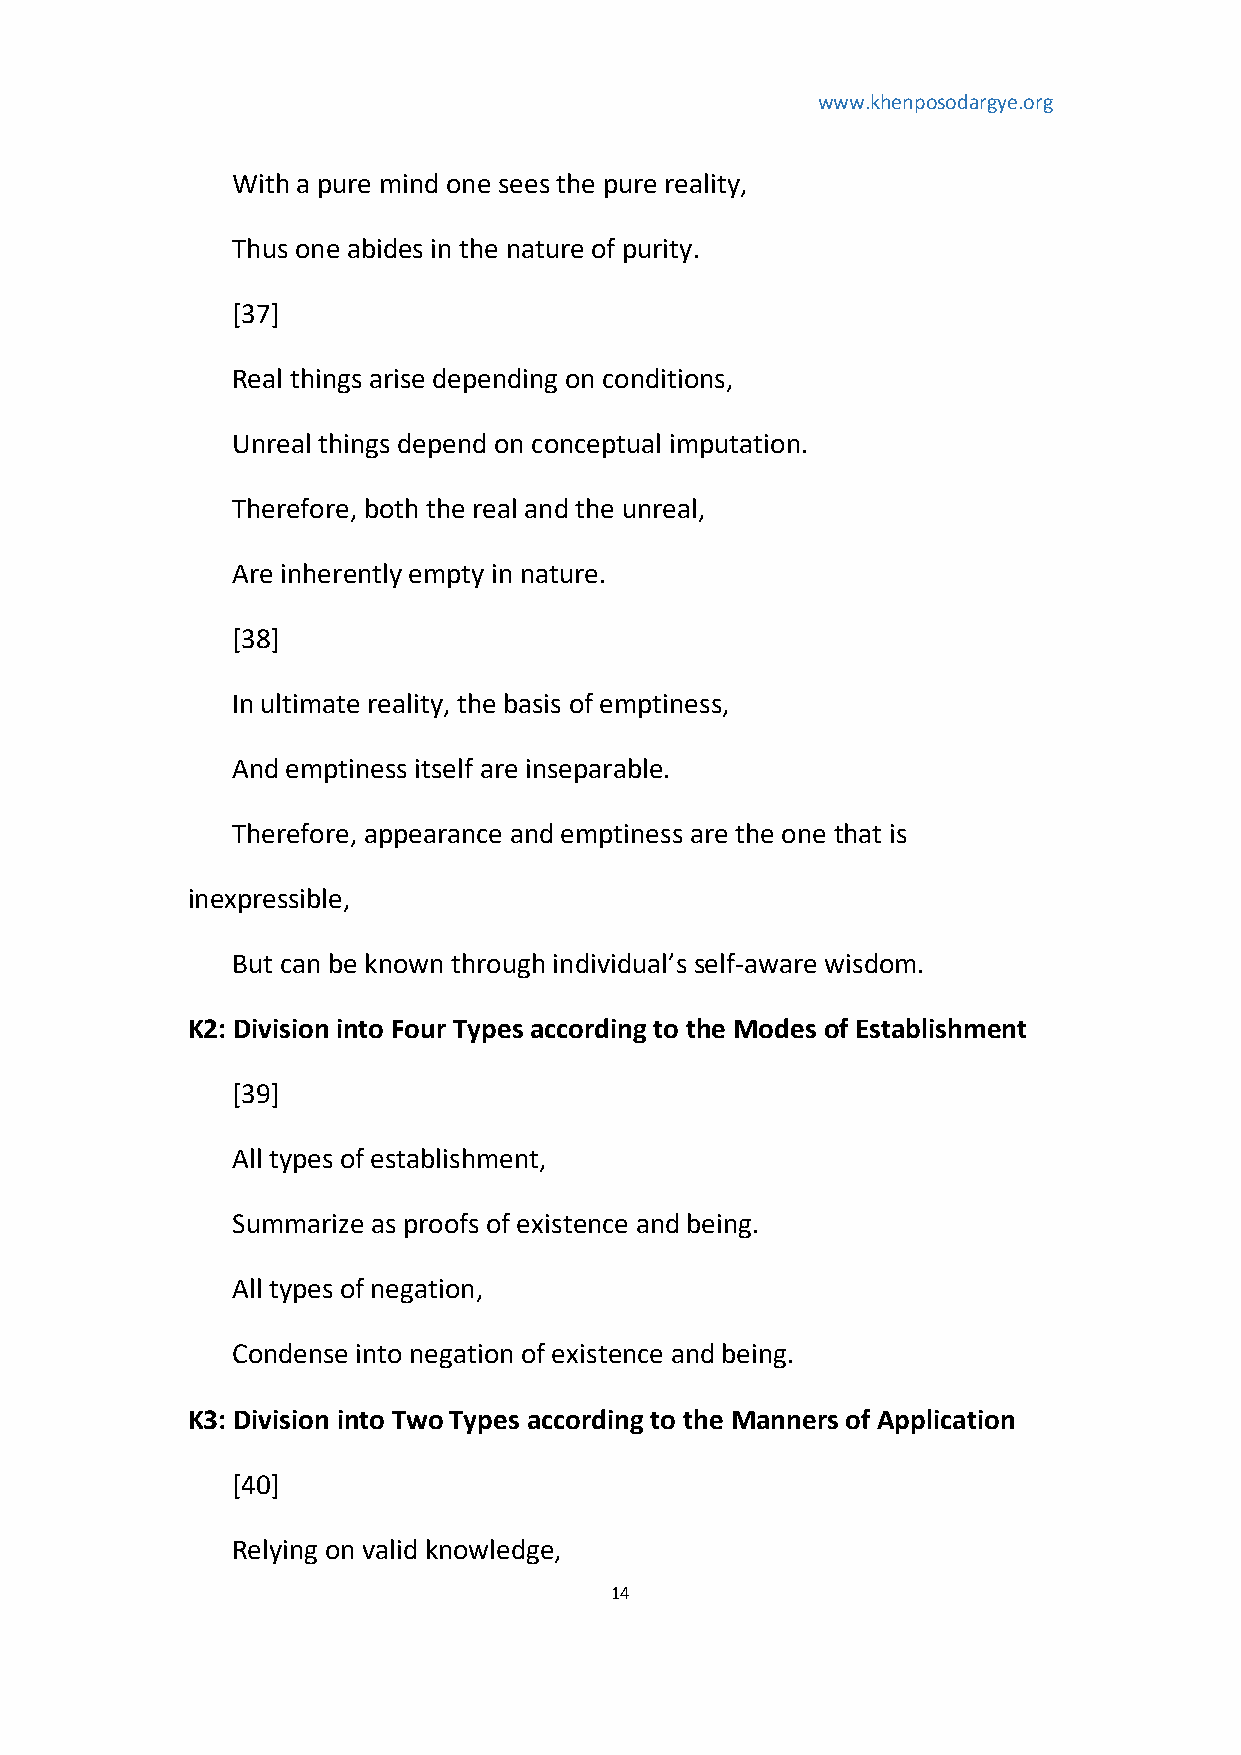
www.khenposodargye.org
 With a pure mind one sees the pure reality,
 Thus one abides in the nature of purity.
 [37]
 Real things arise depending on conditions,
 Unreal things depend on conceptual imputation.
 Therefore, both the real and the unreal,
 Are inherently empty in nature.
 [38]
 In ultimate reality, the basis of emptiness,
 And emptiness itself are inseparable.
 Therefore, appearance and emptiness are the one that is
 inexpressible,
 But can be known through individual’s self-aware wisdom.
 K2: Division into Four Types according to the Modes of Establishment
 [39]
 All types of establishment,
 Summarize as proofs of existence and being.
 All types of negation,
 Condense into negation of existence and being.
 K3: Division into Two Types according to the Manners of Application
 [40]
 Relying on valid knowledge,
 14